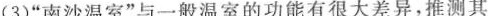
(3)”南沙温室”与一般温室的功能有很大差异，推测其